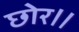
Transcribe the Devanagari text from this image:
छोर।।